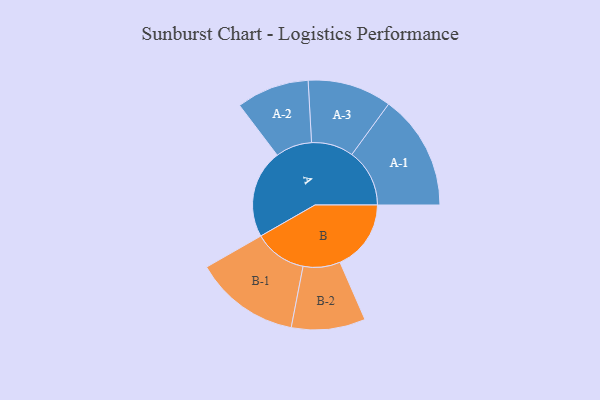
{"axis": {"x": "Segment", "y": "Value"}, "legend": ["", "A", "B"], "data": [{"x": "A", "y": 423, "type": ""}, {"x": "B", "y": 340, "type": ""}, {"x": "A-1", "y": 276, "type": "A"}, {"x": "A-2", "y": 174, "type": "A"}, {"x": "A-3", "y": 201, "type": "A"}, {"x": "B-1", "y": 252, "type": "B"}, {"x": "B-2", "y": 177, "type": "B"}]}